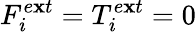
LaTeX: F_{i}^{e\mathbf{x}t}=T_{i}^{e\mathbf{x}t}=0